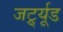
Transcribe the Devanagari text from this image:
जर्ट्र्यूड